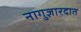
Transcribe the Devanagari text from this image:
नागुज़ारदात